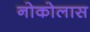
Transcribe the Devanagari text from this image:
नोकोलास